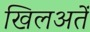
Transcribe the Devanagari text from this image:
खिलअतें